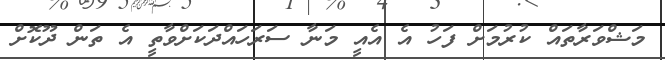
މަޝްވަރާތައް ކުރުމަށް ފަހު އެ އެއީ މަނާ ސަރަހައްދަކަށްވާތީ އެ ތަން ދޫކޮށް